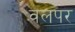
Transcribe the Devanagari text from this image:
वलपर